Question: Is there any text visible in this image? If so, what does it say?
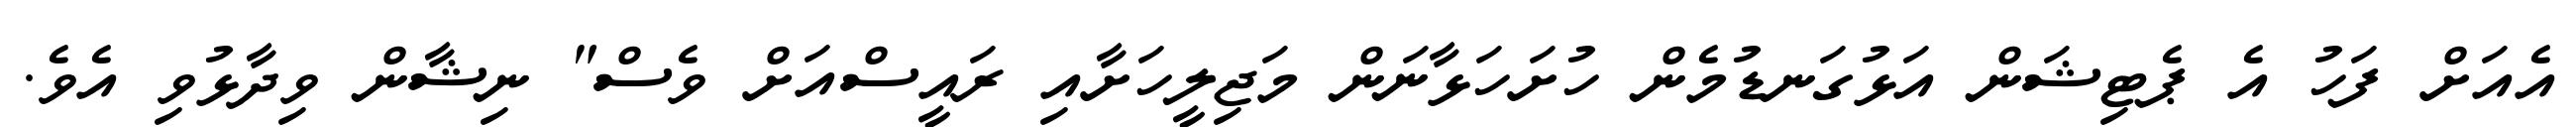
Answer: އެއަށް ފަހު އެ ޕެޓިޝަން އަޅުގަނޑުމެން ހުށަހަޅާނަން މަޖިލީހަށާއި ރައީސްއަށް ވެސް" ނިޝާން ވިދާޅުވި އެވެ.